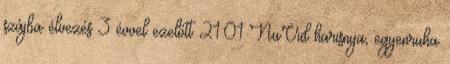
szájba élvezés 3 évvel ezelőtt 21:01 NuVid harisnya, egyenruha